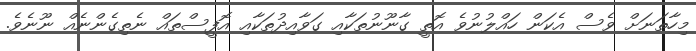
މިހާތަނަށް ވެސް އެކަން ހައްލުނުވެ އޮތީ ގާނޫނުތަކާއި ގަވާއިދުތަކާއި އޮފީސްތައް ނެތިގެންނެއް ނޫނެވެ.